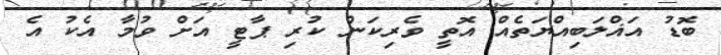
ބޮޑު އަޣްލަބިއްޔަތެއް އޮތީ ވެރިކަން ކުރި ޕާޓީ އަށް ވުމާ އެކު އެ